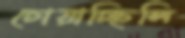
চোয়াচ্ছিলি